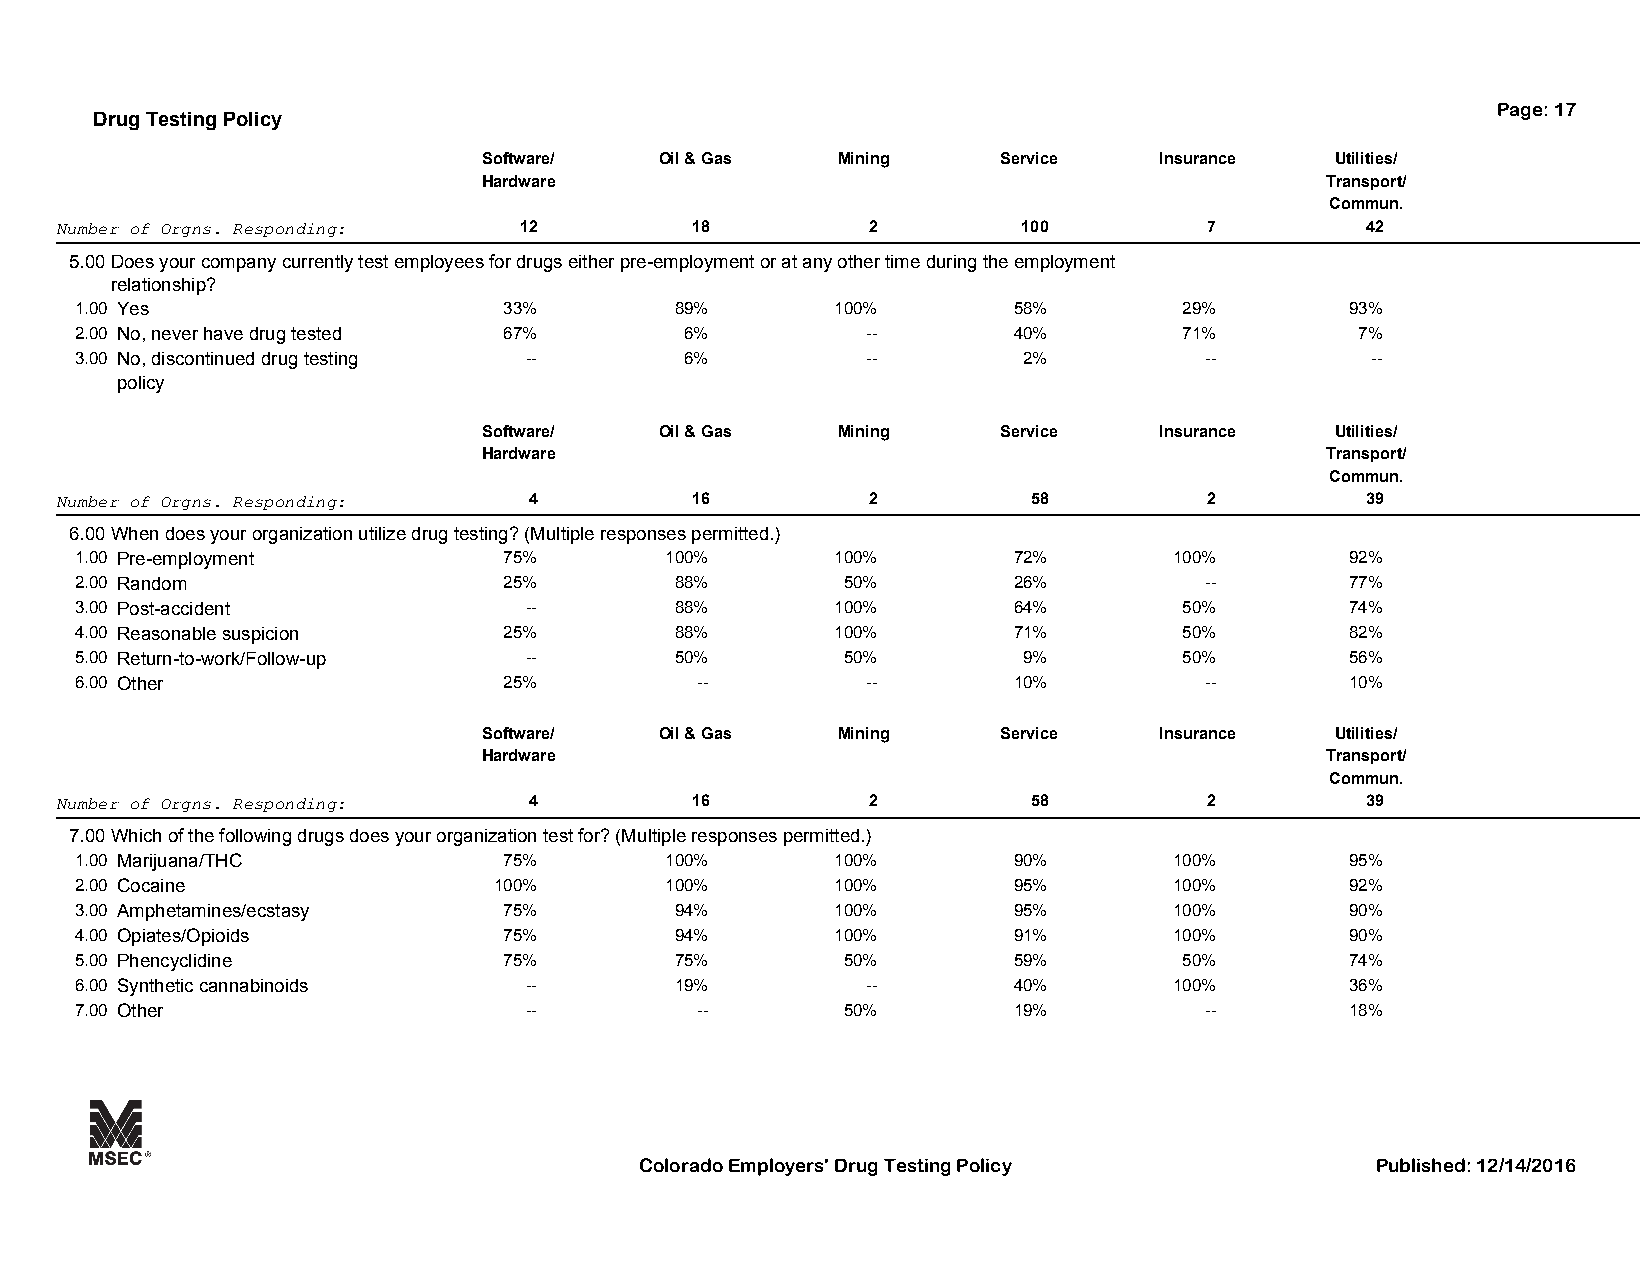
Page: 17
 Drug Testing Policy
 Software/   Oil & Gas  Mining     Service    Insurance  Utilities/
 Hardware                                                Transport/
 Commun.
 Number of Orgns. Responding:  12          18          2         100         7         42
 5.00Does your company currently test employees for drugs either pre-employment or at any other time during the employment
 relationship?
 1.00 Yes                    33%         89%       100%        58%        29%        93%
 2.00 No, never have drug tested 67%     6%          --        40%        71%         7%
 3.00 No, discontinued drug testing --   6%          --         2%          --         --
 policy
 Software/   Oil & Gas  Mining     Service    Insurance  Utilities/
 Hardware                                                Transport/
 Commun.
 Number of Orgns. Responding:   4          16          2         58          2         39
 6.00When does your organization utilize drug testing? (Multiple responses permitted.)
 1.00 Pre-employment         75%        100%       100%        72%        100%       92%
 2.00 Random                 25%         88%        50%        26%          --       77%
 3.00 Post-accident            --        88%       100%        64%        50%        74%
 4.00 Reasonable suspicion   25%         88%       100%        71%        50%        82%
 5.00 Return-to-work/Follow-up --        50%        50%         9%        50%        56%
 6.00 Other                  25%          --         --        10%          --       10%
 Software/   Oil & Gas  Mining     Service    Insurance  Utilities/
 Hardware                                                Transport/
 Commun.
 Number of Orgns. Responding:   4          16          2         58          2         39
 7.00Which of the following drugs does your organization test for? (Multiple responses permitted.)
 1.00 Marijuana/THC          75%        100%       100%        90%        100%       95%
 2.00 Cocaine                100%       100%       100%        95%        100%       92%
 3.00 Amphetamines/ecstasy   75%         94%       100%        95%        100%       90%
 4.00 Opiates/Opioids        75%         94%       100%        91%        100%       90%
 5.00 Phencyclidine          75%         75%        50%        59%        50%        74%
 6.00 Synthetic cannabinoids   --        19%         --        40%        100%       36%
 7.00 Other                    --         --        50%        19%          --       18%
 Colorado Employers' Drug Testing Policy          Published: 12/14/2016